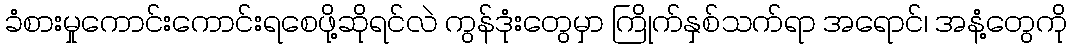
ခံစားမှုကောင်းကောင်းရစေဖို့ဆိုရင်လဲ ကွန်ဒုံးတွေမှာ ကြိုက်နှစ်သက်ရာ အရောင်၊ အနံ့တွေကို